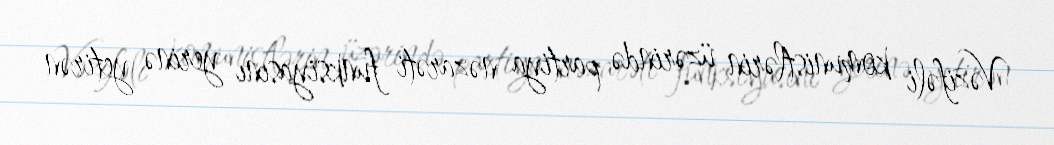
Vəzifəli komunistlərin üzərində partiya nəzarəti funksiyasını yerinə yetirən